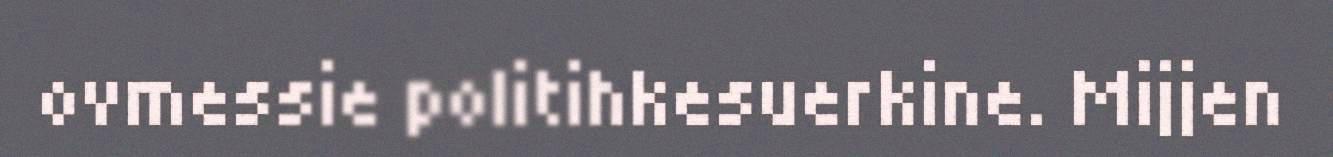
ovmessie politihkesuerkine. Mijjen